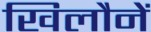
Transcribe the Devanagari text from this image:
खिलौनें